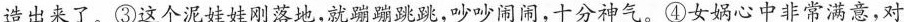
造出来了。③这个泥娃娃刚落地，就蹦蹦跳跳，吵吵闹闹，十分神气。④女娲心中非常满意，对